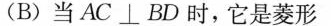
(B)当AC\bot BD时，它是菱形